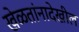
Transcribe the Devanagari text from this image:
खेळतांनादेखील